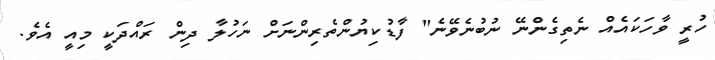
ހުރީ ވާހަކައެއް ނެތިގެންނޭ ނުބުނެވޭނެ" ފާޑުކިޔުންތެރިންނަށް ނަހުލާ ދިން ރައްދަކީ މިއީ އެވެ.